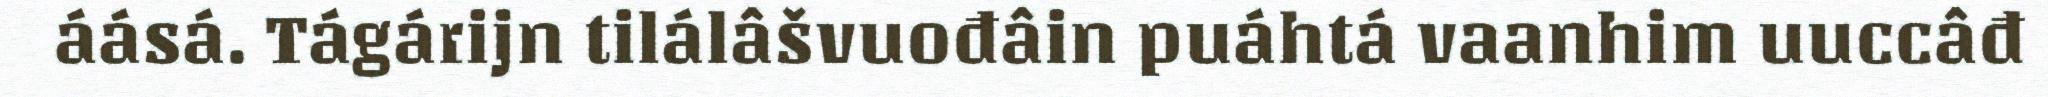
áásá. Tágárijn tilálâšvuođâin puáhtá vaanhim uuccâđ